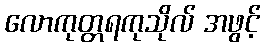
လောကုတ္တရကုသိုလ် အဖွင့်